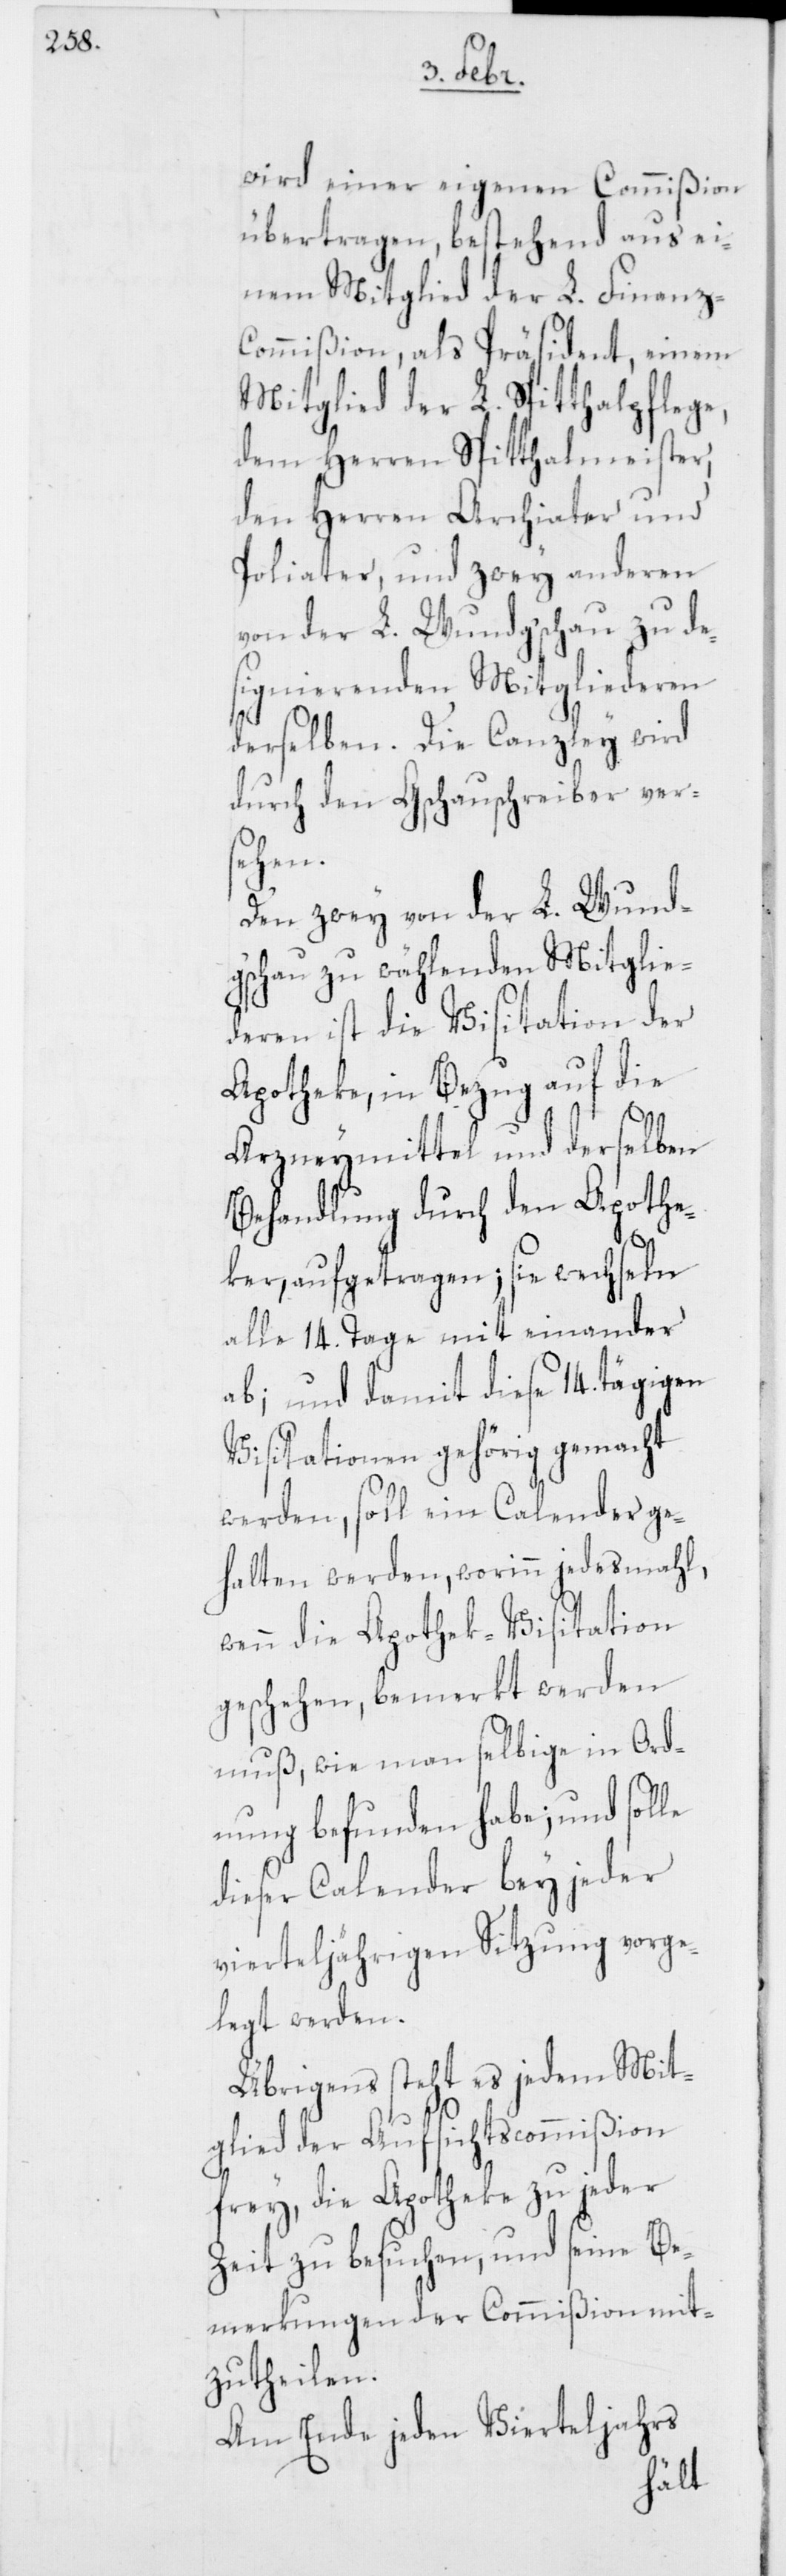
wird einer eigenen Commißion
übertragen, bestehend aus ei¬
nem Mitglied der L. Finanz-C¬
ommißion als Präsident, einem
Mitglied der L. Spitthalpflege,
dem Herren Spitthalmeister,
den Herren Archiater und
Poliater, und zwey anderen
von der L. Wundg’schau zu de¬
signierenden Mitgliederen
derselben. Die Canzley wird
durch den Gschauschreiber ver¬
sehen.
Den zwey von der L. Wund¬
g’schau zu wählenden Mitglie¬
deren ist die Visitation der
Apotheke, in Bezug auf die
Arzneymittel und derselben
Behandlung durch den Apothe¬
ker, aufgetragen; sie wechseln
alle 14. Tage miteinander
ab; und damit diese 14.tägigen
Visitationen gehörig gemacht
werden, soll ein Calender ge¬
halten werden, worinn jedesmahl,
wenn die Apothek-Visitation
geschehen, bemerkt werden
muß, wie man selbige in Ord¬
nung befunden habe; und solle
dieser Calender bey jeder
vierteljährigen Sitzung vorge¬
legt werden.
Übrigens steht es jedem Mit¬
glied der Aufsichtscommißion
frey, die Apotheke zu jeder
Zeit zu besuchen, und seine Be¬
merkungen der Commißion mit¬
zutheilen.
Am Ende jeden Vierteljahrs